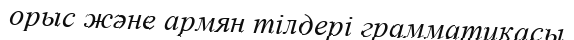
орыс және армян тілдері грамматикасы